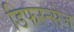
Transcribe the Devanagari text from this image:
डिफरन्सेज